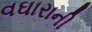
વઘારાની